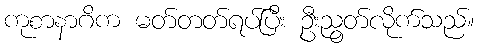
ကုစာနာဂိက မတ်တတ်ရပ်ပြီး ဦးညွတ်လိုက်သည်။